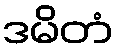
ဒမိတံ